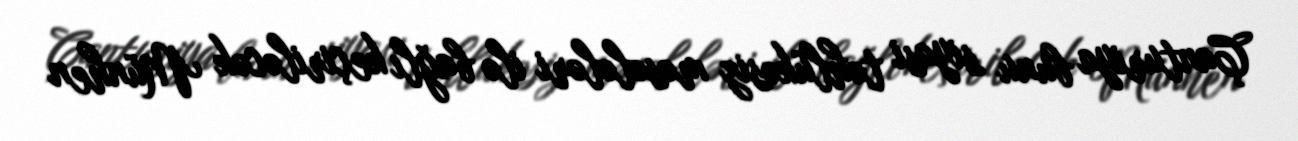
Çanturiya bunu siyasi təhlükəsiz məsələləri ilə bağlı keçiriləcək Münhen